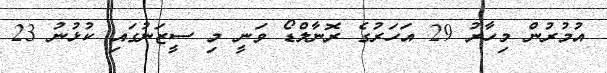
އުމުރުން މިހާރު 29 އަހަރުގެ ރޮނާލްޑޯ ވަނީ މި ސީޒަނުގައި ކުޅުނު 23